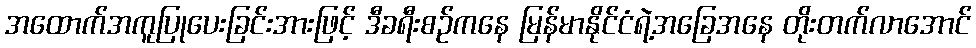
အထောက်အကူပြုပေးခြင်းအားဖြင့် ဒီခရီးစဉ်ကနေ မြန်မာနိုင်ငံရဲ့အခြေအနေ တိုးတက်လာအောင်